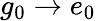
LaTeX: g_{0}\rightarrow e_{0}